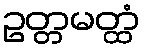
ဥတ္တမတ္ထံ